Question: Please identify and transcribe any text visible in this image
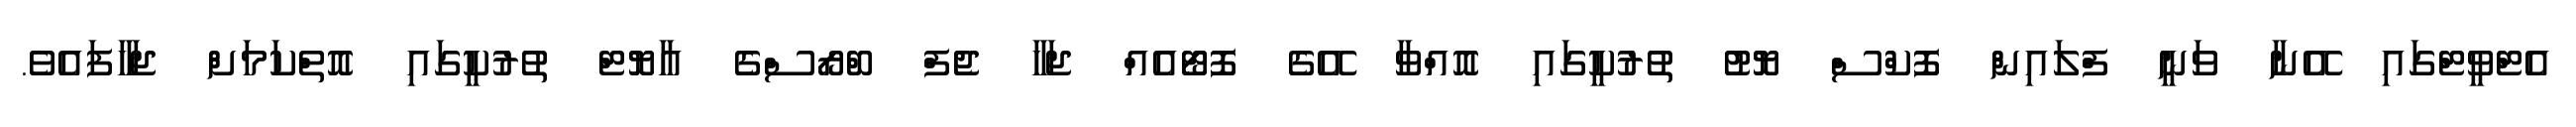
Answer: އެޓްވީޓްގައި އޭނާ ވަނީ ފްލައިން ފޮކްސް ޔޮޓު ތުރުކީގައި އޮއްވާ އޭގެ ފޮޓޯއެއް ޖަހާ ޖެފް ބްރޯސްގެ އާޔޮޓް ތުރުކީގައި އޮތްކަމަށް ޖަހާފައެވެ.